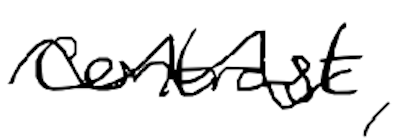
Text: contrast,
Cross-out: wave
Writing tool: digital_black